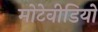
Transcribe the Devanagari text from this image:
मोटेवीडियो